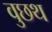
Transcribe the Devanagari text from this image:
वुछथ